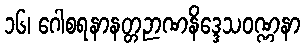
၁၆၊ ဂေါစရနာနတ္တဉာဏနိဒ္ဒေသဝဏ္ဏနာ